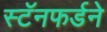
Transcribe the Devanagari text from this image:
स्टॅनफर्डने